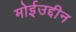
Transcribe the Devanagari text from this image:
मोईउद्दीन